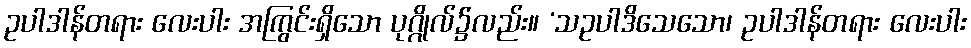
ဥပါဒါန်တရား လေးပါး အကြွင်းရှိသော ပုဂ္ဂိုလ်၌လည်း။ ‘သဥပါဒိသေသော၊ ဥပါဒါန်တရား လေးပါး